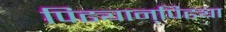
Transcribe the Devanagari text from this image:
पिढ्यान्‌पिढ्या